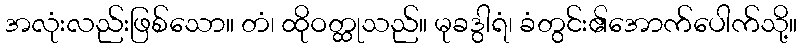
အလုံးလည်းဖြစ်သော။ တံ၊ ထိုဝတ္ထုသည်။ မုခဒွါရံ၊ ခံတွင်း၏အောက်ပေါက်သို့။